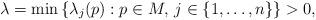
LaTeX: \begin{align*}\lambda = \min \left\lbrace \lambda_j(p) : p \in M, \, j \in \{1, \dots, n\} \right\rbrace > 0,\end{align*}